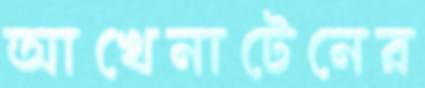
আখেনাটেনের